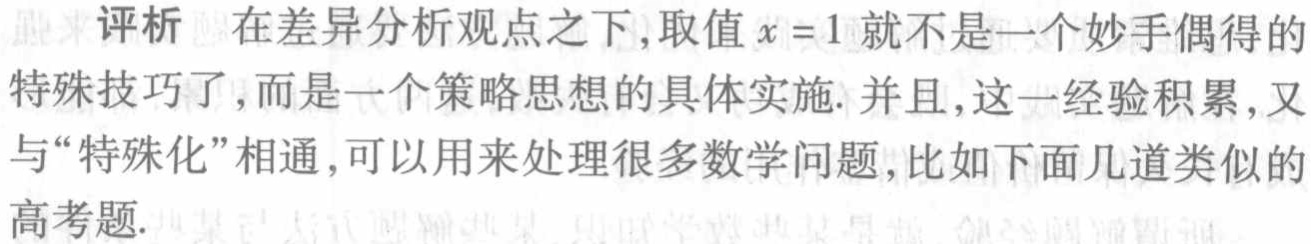
评析 在差异分析观点之下,取值\(x = 1\)就不是一个妙手偶得的特殊技巧了,而是一个策略思想的具体实施. 并且,这一经验积累,又与“特殊化”相通,可以用来处理很多数学问题,比如下面几道类似的高考题.